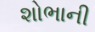
શોભાની